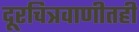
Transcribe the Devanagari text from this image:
दूरचित्रवाणीतही